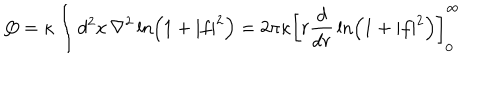
Q = \kappa \int d ^ { 2 } x \, \nabla ^ { 2 } \ln \left( 1 + | f | ^ { 2 } \right) = 2 \pi \kappa \left[ r { \frac { d } { d r } } \ln \left( 1 + | f | ^ { 2 } \right) \right] _ { 0 } ^ { \infty }